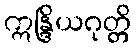
ဣန္ဒြိယဂုတ္တိ